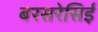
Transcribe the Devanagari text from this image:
बरसरेसिई